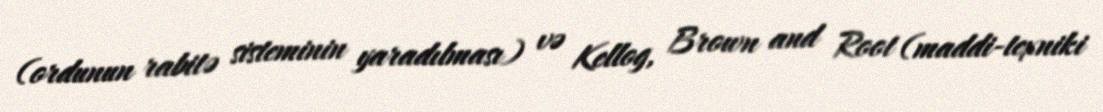
(ordunun rabitə sisteminin yaradılması) və Kellog, Brown and Root (maddi-texniki